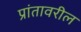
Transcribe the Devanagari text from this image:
प्रांतावरील